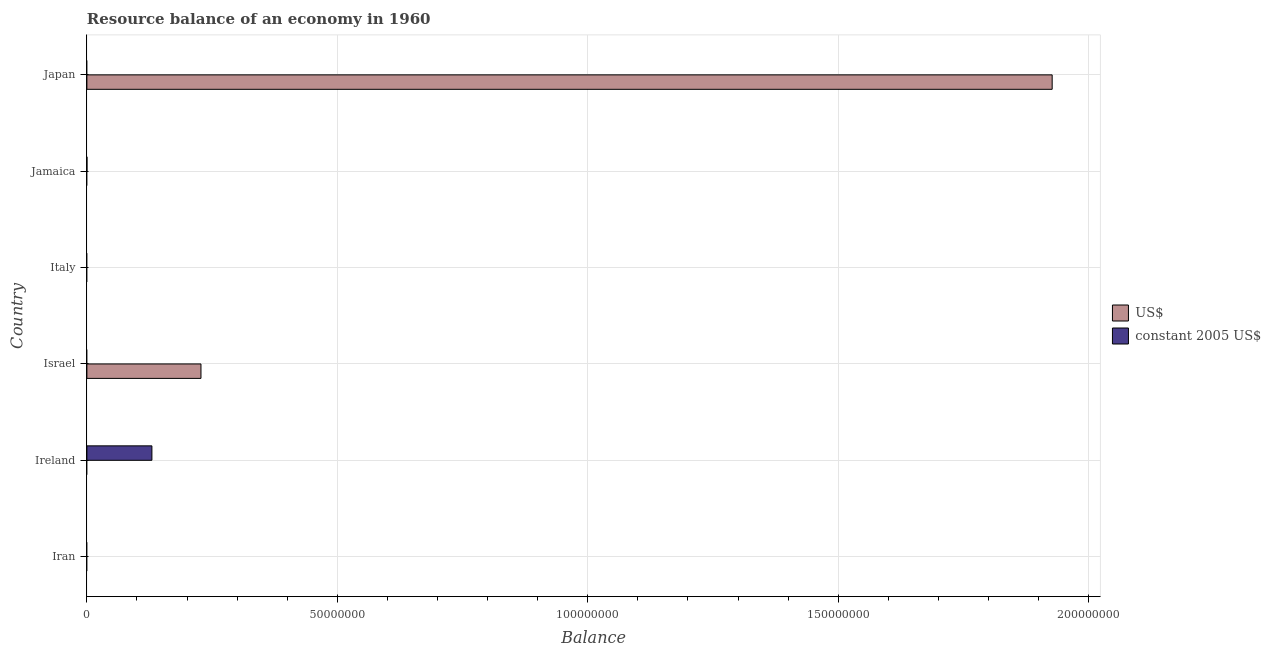
| Country | US$ | constant 2005 US$ |
 | --- | --- | --- |
 | Iran | -1.49e+08 | -4.18e+09 |
 | Ireland | -1.11e+08 | 1.3e+07 |
 | Israel | 2.28e+07 | -1.13e+10 |
 | Italy | -1.48e+08 | -5.05e+07 |
 | Jamaica | -3.36e+07 | 4.1e+03 |
 | Japan | 1.93e+08 | -4.76e+07 |